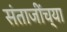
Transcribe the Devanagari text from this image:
संताजींच्या